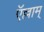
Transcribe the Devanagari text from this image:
ऍल्लाम्‌